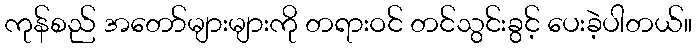
ကုန်စည် အတော်များများကို တရားဝင် တင်သွင်းခွင့် ပေးခဲ့ပါတယ်။